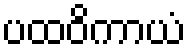
ပထဝိကာယံ